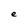
Character: e